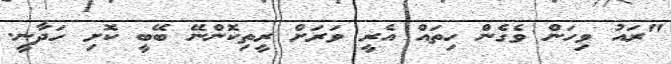
"ރައު ވިހަން ވެގެން ހިތައް އެރީ ވަރަށް ރީތިކޮންނޭ ބޭބީ ކޮށި ހަދާނީ.